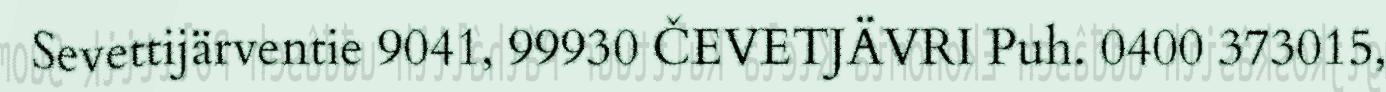
Sevettijärventie 9041, 99930 ČEVETJÄVRI Puh. 0400 373015,